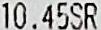
10.45SR